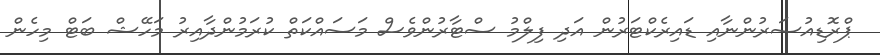
ޕްރޮޑިއުސަރުންނާއި ޑައިރެކްޓަރުން އަދި ފިލްމު ސްޓާރުންވެސް މަސައްކަތް ކުރަމުންދާއިރު މަހޭޝް ބަޓް މިހެން